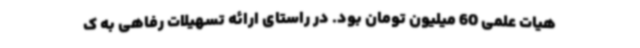
هیات علمی 60 میلیون تومان بود. در راستای ارائه تسهیلات رفاهی به ک